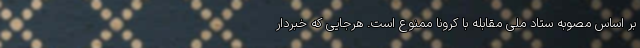
بر اساس مصوبه ستاد ملی مقابله با کرونا ممنوع است. هرجایی که خبردار